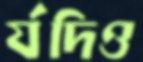
র‍্যদিও